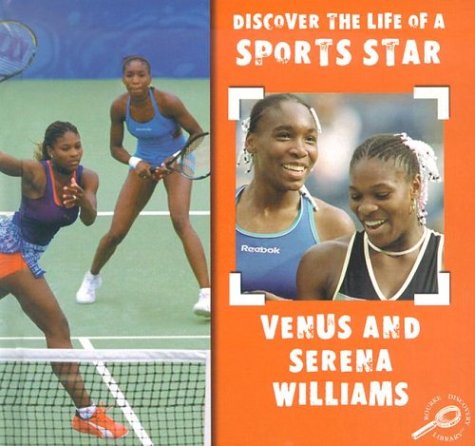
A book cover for Venus and Serena Williams (Discover the Life of a Sports Star); David Armentrout; Children's Books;